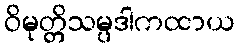
ဝိမုတ္တိသမ္ပဒါကထာယ